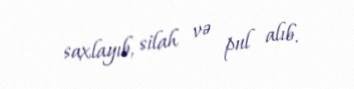
saxlayıb, silah və pul alıb.